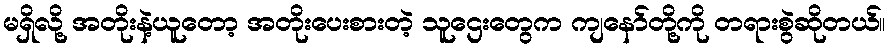
မရှိလို့ အတိုးနဲ့ယူတော့ အတိုးပေးစားတဲ့ သူဌေးတွေက ကျနော်တို့ကို တရားစွဲဆိုတယ်။